Annual report on the mental hospital in the Central Provinces and Berar (Nagpur) - 1927-1951
Year: 1927
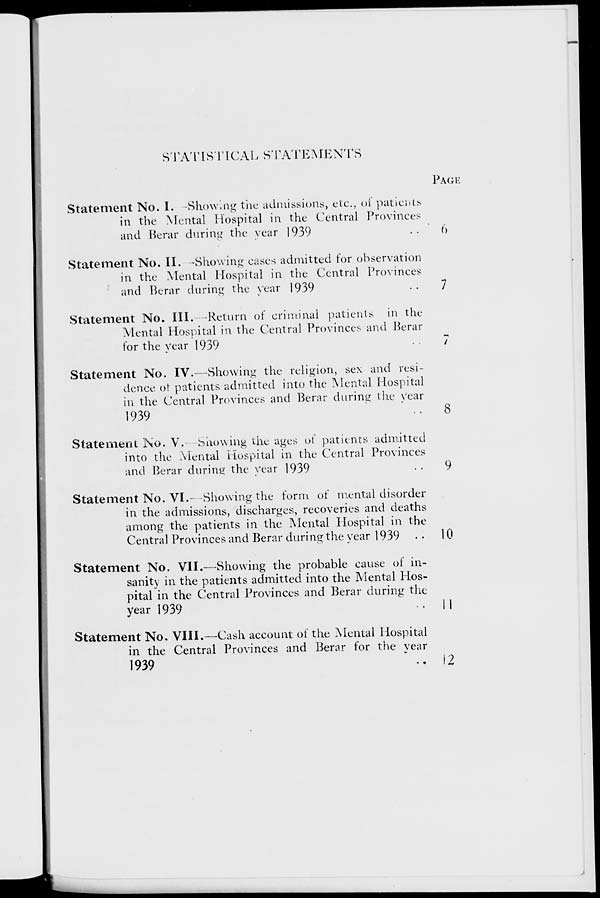
STATISTICAL STATEMENTS
Statement No. I. ––Showing the admissions, etc., of patients
in the Mental Hospital in the Central Provinces
and Berar during the year 1939
Statement No. II. – Showing cases admitted for observation
in the Mental Hospital in the Central Provinces
and Berar during the year 1939
Statement No. III. –Return of criminal patients in the
Mental Hospital in the Central Provinces and Berar
for the year 1939
Statement No. IV.—Showing the religion, sex and resi-
dence of patients admitted into the Mental Hospital
in the Central Provinces and Berar during the year
1939
Statement No. V.– Showing the ages of patients admitted
into the Mental Hospital in the Central Provinces
and Berar during the year 1939
Statement No. VI.—Showing the form of mental disorder
in the admissions, discharges, recoveries and deaths
among the patients in the Mental Hospital in the
Central Provinces and Berar during the year 1939
Statement No. VII.—Showing the probable cause of in-
sanity in the patients admitted into the Mental Hos-
pital in the Central Provinces and Berar during the
year 1939
Statement No. VIII.—Cash account of the Mental Hospital
in the Central Provinces and Berar for the year
1939
PAGE
6
7
7
8
9
10
11
12